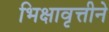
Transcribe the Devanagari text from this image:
भिक्षावृत्तीने